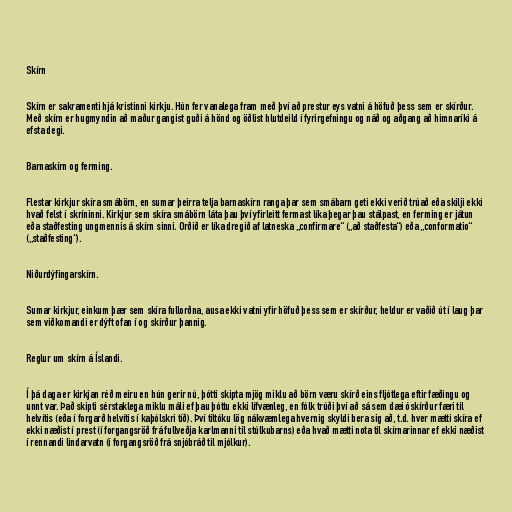
Skírn

Skírn er sakramenti hjá kristinni kirkju. Hún fer vanalega fram með því að prestur eys vatni á höfuð þess sem er skírður.
Með skírn er hugmyndin að maður gangist guði á hönd og öðlist hlutdeild í fyrirgefningu og náð og aðgang að himnaríki á
efsta degi.

Barnaskírn og ferming.

Flestar kirkjur skíra smábörn, en sumar þeirra telja barnaskírn ranga þar sem smábarn geti ekki verið trúað eða skilji ekki
hvað felst í skríninni. Kirkjur sem skíra smábörn láta þau því yfirleitt fermast líka þegar þau stálpast, en ferming er játun
eða staðfesting ungmennis á skírn sinni. Orðið er líka dregið af latneska „confirmare“ („að staðfesta“) eða „conformatio“
(„staðfesting“).

Niðurdýfingarskírn.

Sumar kirkjur, einkum þær sem skíra fullorðna, ausa ekki vatni yfir höfuð þess sem er skírður, heldur er vaðið út í laug þar
sem viðkomandi er dýft ofan í og skírður þannig.

Reglur um skírn á Íslandi.

Í þá daga er kirkjan réð meiru en hún gerir nú, þótti skipta mjög miklu að börn væru skírð eins fljótlega eftir fæðingu og
unnt var. Það skipti sérstaklega miklu máli ef þau þóttu ekki lífvænleg, en fólk trúði því að sá sem dæi óskírður færi til
helvítis (eða í forgarð helvítis í kaþólskri tíð). Því tiltóku lög nákvæmlega hvernig skyldi bera sig að, t.d. hver mætti skíra ef
ekki næðist í prest (í forgangsröð frá fullveðja karlmanni til stúlkubarns) eða hvað mætti nota til skírnarinnar ef ekki næðist
í rennandi lindarvatn (í forgangsröð frá snjóbráð til mjólkur).